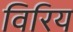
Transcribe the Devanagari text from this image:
विरिय